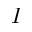
I